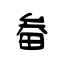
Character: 畚